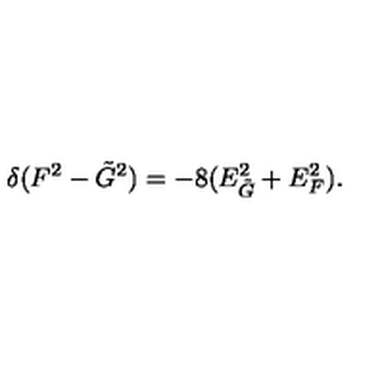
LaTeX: \delta ( F ^ { 2 } - \tilde { G } ^ { 2 } ) = - 8 ( E _ { \tilde { G } } ^ { 2 } + E _ { F } ^ { 2 } ) .